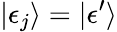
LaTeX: |\epsilon_{j}\rangle=|\epsilon^{\prime}\rangle